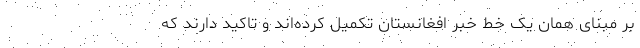
بر مبنای همان یک خط خبر افغانستان تکمیل کرده‌اند و تاکید دارند که